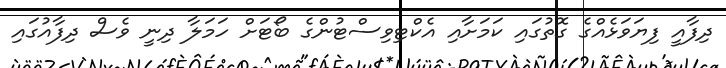
ދިފާއީ ފިޔަވަޅެއްގެ ގޮތުގައި ކަމަށާއި އެކްޓިވިސްޓުންގެ ބޯޓަށް ހަމަލާ ދިނީ ވެސް ދިފާއުގައި